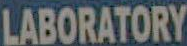
LABORATORY